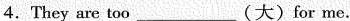
4.They are too ___ (大)for me.